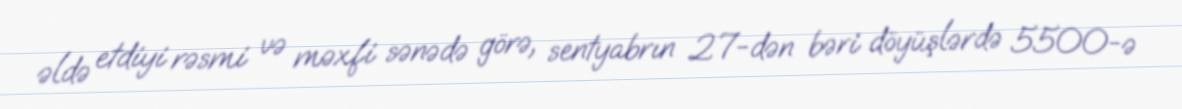
əldə etdiyi rəsmi və məxfi sənədə görə, sentyabrın 27-dən bəri döyüşlərdə 5500-ə